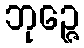
ဘုဉ္ဇေ